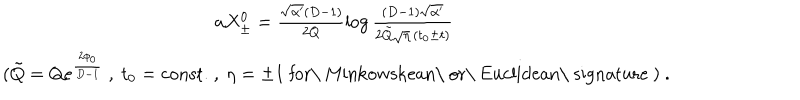
\begin{array} { c } { { a X _ { \pm } ^ { 0 } = \frac { \sqrt { \alpha ^ { \prime } } ( D - 1 ) } { 2 Q } \log \frac { ( D - 1 ) \sqrt { \alpha ^ { \prime } } } { 2 \tilde { Q } \sqrt { \eta } \, ( t _ { 0 } \pm t ) } } } \\ { { \ \hfill ( \tilde { Q } = Q e ^ { \frac { 2 \phi _ { 0 } } { D - 1 } } \ , \ t _ { 0 } = \mathrm { c o n s t . } \ , \ \eta = \pm 1 \ \mathrm { f o r \ M i n k o w s k e a n \ o r \ E u c l i d e a n \ s i g n a t u r e } \ ) \ . } } \\ \end{array}